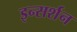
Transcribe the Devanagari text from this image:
इन्सर्शन